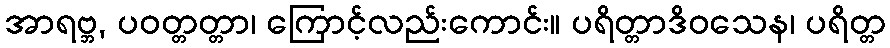
အာရဗ္ဘ, ပဝတ္တတ္တာ၊ ကြောင့်လည်းကောင်း။ ပရိတ္တာဒိဝသေန၊ ပရိတ္တ